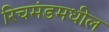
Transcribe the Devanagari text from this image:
रिचमंडमधील